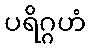
ပရိဂ္ဂဟံ